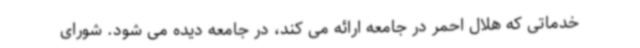
خدماتی که هلال احمر در جامعه ارائه می کند، در جامعه دیده می شود. شورای